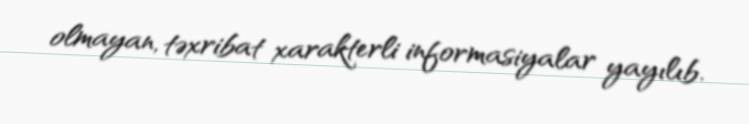
olmayan, təxribat xarakterli informasiyalar yayılıb.